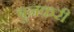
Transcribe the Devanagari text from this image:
बुनकरी